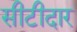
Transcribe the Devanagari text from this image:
सीटीदार